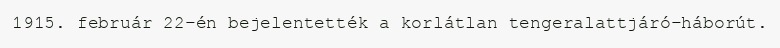
1915. február 22-én bejelentették a korlátlan tengeralattjáró-háborút.